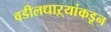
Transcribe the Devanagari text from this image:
वडीलधाऱ्यांकडून